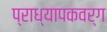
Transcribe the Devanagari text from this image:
प्राध्यापकवर्ग